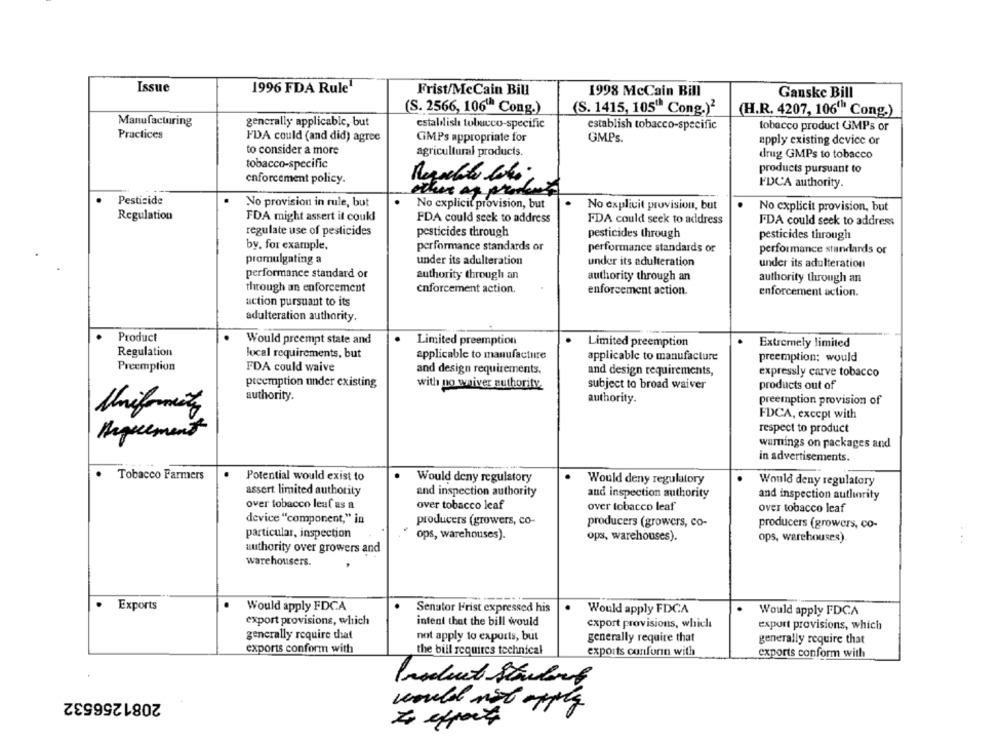
Issue
1996 FDA Rule"
Frist/McCain Bill
1998 McCain Bill
Ganske Bill
(S. 2566, 106" Cong.)
(S. 1415, 105" Cong.)2
(H.R. 4207, 106'" Cong.)
Manufacturing
generally applicable, but
estaldlish toluco-specific
establish tobacco-specific
tobacco product GMPs or
Practices
FDA could (and did) agree
GMPs appropriate for
GMPs.
apply existing device or
to consider a more
agricultural products.
drug GMPs to tobacco
tobacco-specific
products pursuant to
enforcement policy.
FDCA authority.
other ap pron
Pesticide
No provision in rule, but
No explicit provision, but
No explicit provision, but
No explicit provision, but
Regulation
FDA might assert it could
FDA could seek to address
FDA could seek to address
FDA could seek to address
regulate use of pesticides
pesticides through
pesticides through
pesticides through
by. for example.
performance standards or
performance standards or
performance standards or
promulgating a
under its adulteration
under its adulteration
under its adulteration
performance standard or
authority through an
authority through an
authority through an
through an enforcement
enforcement action.
enforcement action.
enforcement action.
action pursuant to its
adulteration authority.
Product
Would preempt state and
Limited preemption
Limited preemption
Extremely limited
Regulation
local requirements, but
applicable to manufacture
applicable to manufacture
preemption: would
Preemption
FDA could waive
and design requirements.
and design requirements,
expressly carve tobacco
preemption under existing
with no waiver authority.
subject to broad waiver
products out of
authority.
authority.
preemption provision of
Uniformity
FDCA, except with
respect to product
Arguement
wamnings on packages and
in advertisements.
Tobacco Farmers
Potential would exist to
Would deny regulatory
Would deny regulatory
Would deny regulatory
assert limited authority
and inspection authority
and inspection authority
and inspection authority
over tobacco leaf as a
over tobacco leaf
over tobacco leaf
over tobacco leaf
device "component," in
producers (growers, co-
producers (growers, co-
producers (growers, co-
particular, inspection
ops, warehouses).
ops, warehouses).
ops, warehouses)
authority over growers and
warehousers.
.
Exports
Would apply FDCA
Senator Frist expressed his
Would apply FDCA
Would apply FDCA
export provisions, which
intent that the bill would
export provisions, which
export provisions, which
generally require that
not apply to exports, but
generally require that
generally require that
exports conform with
the bill requires technical
exports conforin with
exports conform with
Product Strudorf
2081256532
would not apply